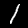
Digit: 1